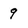
Character: 9